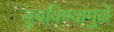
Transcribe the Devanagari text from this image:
सुचविण्यामुळे